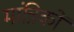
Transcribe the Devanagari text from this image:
मांत्रिकों